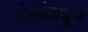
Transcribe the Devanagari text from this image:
रेल्वेमधून